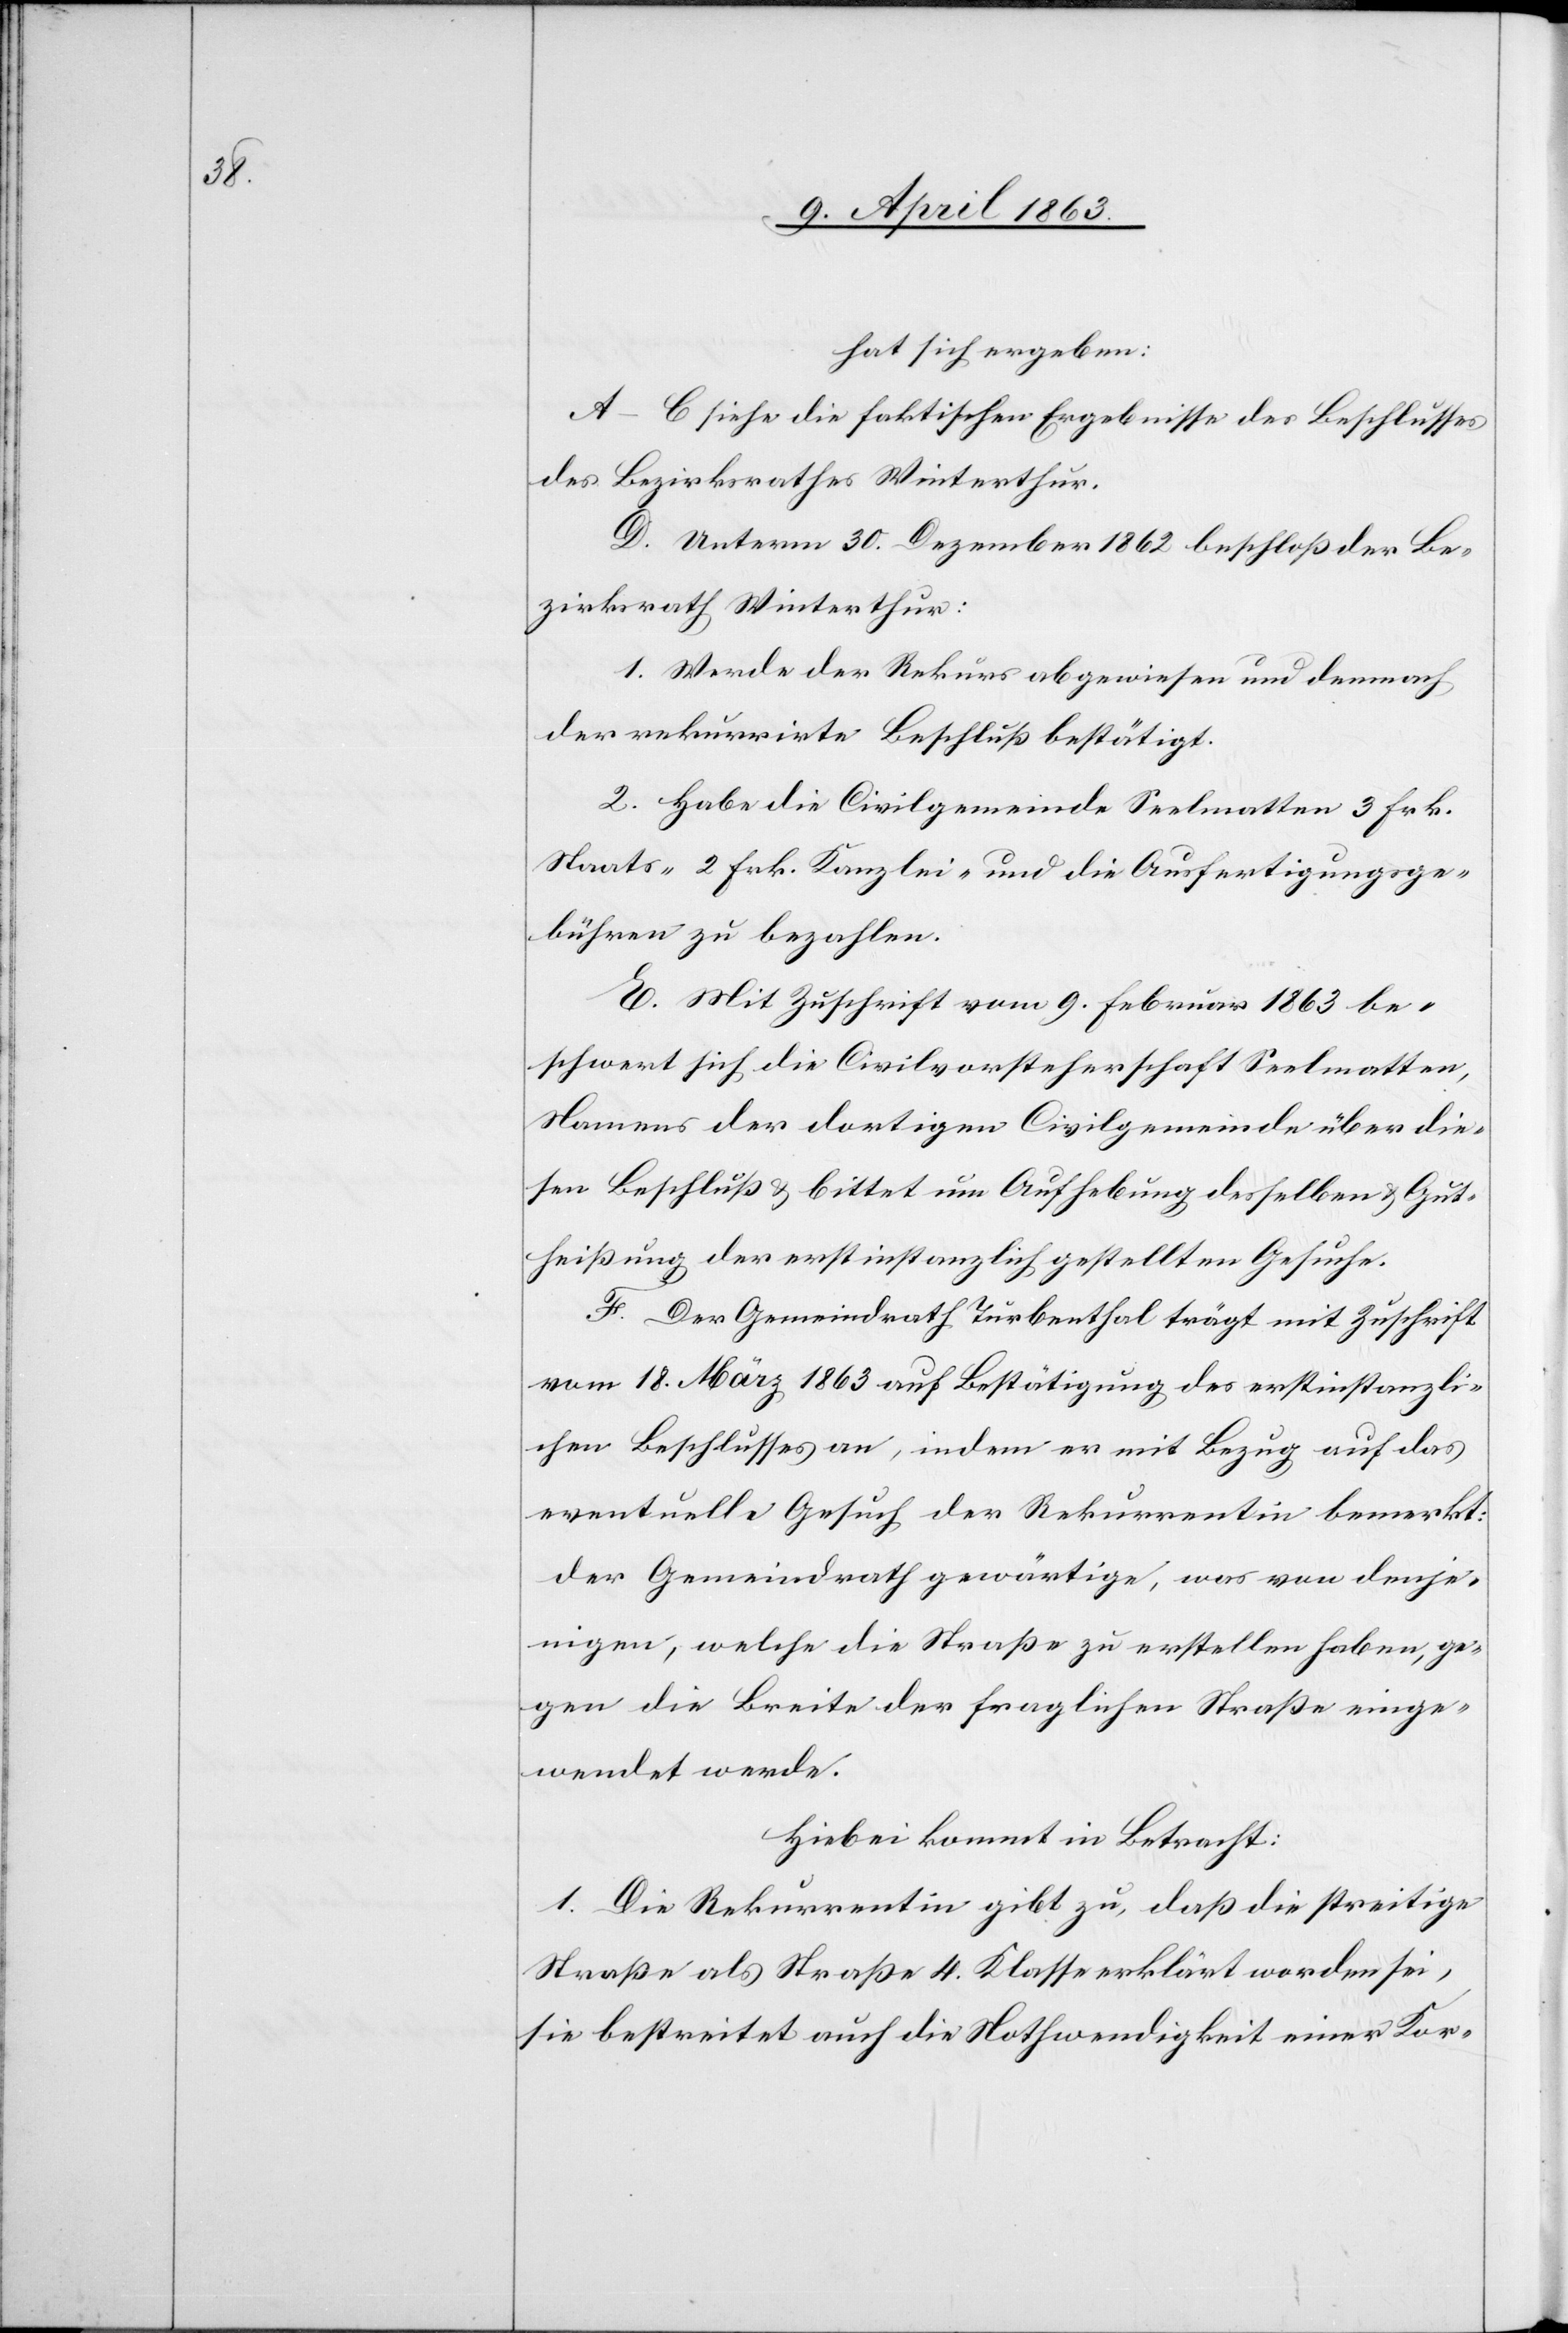
hat sich ergeben:
A–C siehe die faktischen Ergebnisse des Beschlusses
des Bezirksrathes Winterthur.
D. Unterm 30. Dezember 1862 beschloß der Be¬
zirksrath Winterthur:
1. Werde der Rekurs abgewiesen und demnach
der rekurrirte Beschluß bestätigt.
2. Habe die Civilgemeinde Seelmatten 3 Frk.
Staats-[,] 2 Frk. Kanzlei- und die Ausfertigungsge¬
bühren zu bezahlen.
E. Mit Zuschrift vom 9. Februar 1863 be¬
schwert sich die Civilvorsteherschaft Seelmatten,
Namens der dortigen Civilgemeinde über die¬
sen Beschluß & bittet um Aufhebung desselben & Gut¬
heißung der erstinstanzlich gestellten Gesuche.
F. Der Gemeindrath Turbenthal trägt mit Zuschrift
vom 18. März 1863 auf Bestätigung des erstinstanzli¬
chen Beschlusses an, indem er mit Bezug auf das
eventuelle Gesuch der Rekurrentin bemerkt:
der Gemeindrath gewärtige, was von denje¬
nigen, welche die Straße zu erstellen haben, ge¬
gen die Breite der fraglichen Straße einge¬
wendet werde.
Hiebei kommt in Betracht:
1. Die Rekurrentin gibt zu, daß die streitige
Straße als Straße 4. Klasse erklärt worden sei,
sie bestreitet auch die Nothwendigkeit einer Kor-